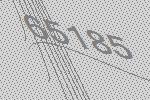
65185